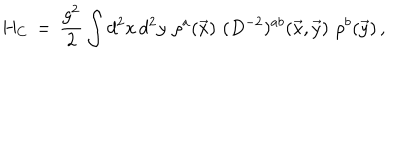
H _ { C } \, = \, \frac { g ^ { 2 } } { 2 } \int d ^ { 2 } x \, d ^ { 2 } y \, \, \rho ^ { a } ( \vec { x } ) \, \, ( D ^ { - 2 } ) ^ { a b } ( \vec { x } , \vec { y } ) \, \, \rho ^ { b } ( \vec { y } ) \, ,